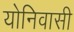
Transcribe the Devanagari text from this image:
योनिवासी